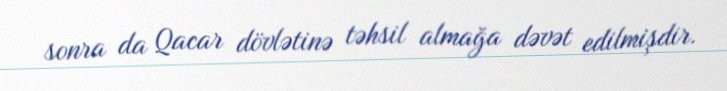
sonra da Qacar dövlətinə təhsil almağa dəvət edilmişdir.